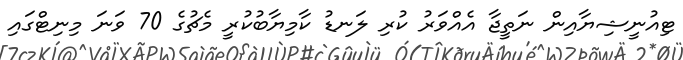
ޓިއުނީޝިޔާއިން ނަތީޖާ އެއްވަރު ކުރި ލަނޑު ކާމިޔާބުކުރީ މެޗުގެ 70 ވަނަ މިނިޓްގައި